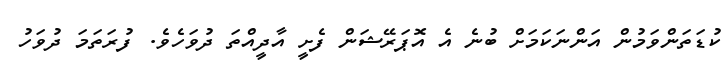
ކުޑަތަންވަމުން އަންނަކަމަށް ބުނެ އެ އޮޕަރޭޝަން ފެށީ އާދީއްތަ ދުވަހެވެ. ފުރަތަމަ ދުވަހު